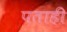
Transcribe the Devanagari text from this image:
पताही